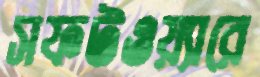
সফটওয়্যারে